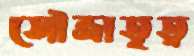
সৌভ্রাতৃত্ব